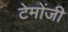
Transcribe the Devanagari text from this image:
टेमोंजी